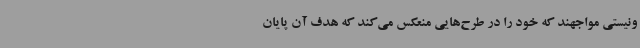
ونیستی مواجهند که خود را در طرح‌هایی منعکس می‌کند که هدف آن پایان